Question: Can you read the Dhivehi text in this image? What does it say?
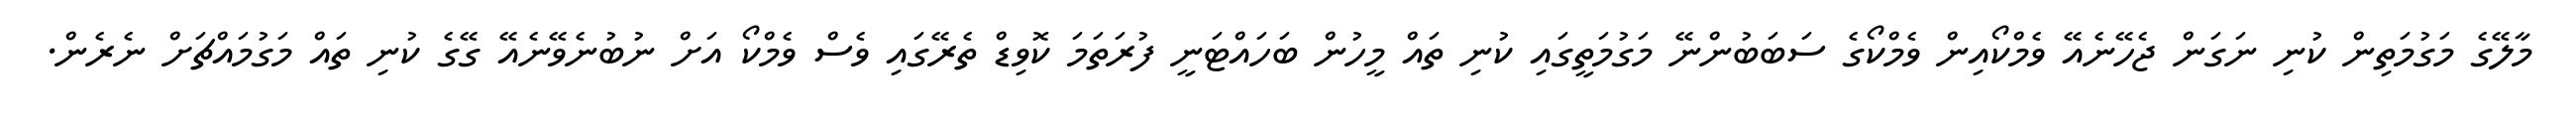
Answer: މާލޭގެ މަގުމަތިން ކުނި ނަގަން ޖެހޭނެއޭ ވެމްކޯއިން ވެމްކޯގެ ސަބަބުންނޭ މަގުމަތީގައި ކުނި ތައް މީހުން ބަހައްޓަނީ ފުރަތަމަ ކޮވިޑް ތެރޭގައި ވެސް ވެމްކޯ އަށް ނުބުނެވޭނެއޭ ގޭގެ ކުނި ތައް މަގުމައްޗަށް ނެރެން.